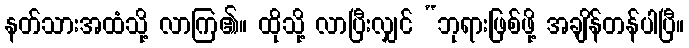
နတ်သားအထံသို့ လာကြ၏။ ထိုသို့ လာပြီးလျှင် “ဘုရားဖြစ်ဖို့ အချိန်တန်ပါပြီ။